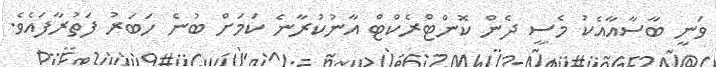
ވަނީ ބާސާއާއެކު މެސީ ދެން ކޮންޓްރެކްޓް އާނުކުރާނެ ކަމަށް ބުނެ ހަބަރު ފަތުރާފައެވެ.